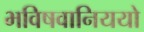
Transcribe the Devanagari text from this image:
भविषवानिययो